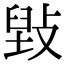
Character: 𢾌